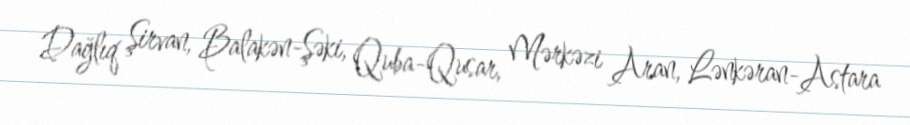
Dağlıq Şirvan, Balakən-Şəki, Quba-Qusar, Mərkəzi Aran, Lənkəran-Astara